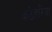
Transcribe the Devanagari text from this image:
कठेहरिया